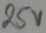
Text: 25V